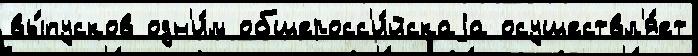
вы́пусков одн'и́м общеросс'и́йскаjа осуществл'я́ет